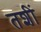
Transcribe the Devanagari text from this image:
तशीं